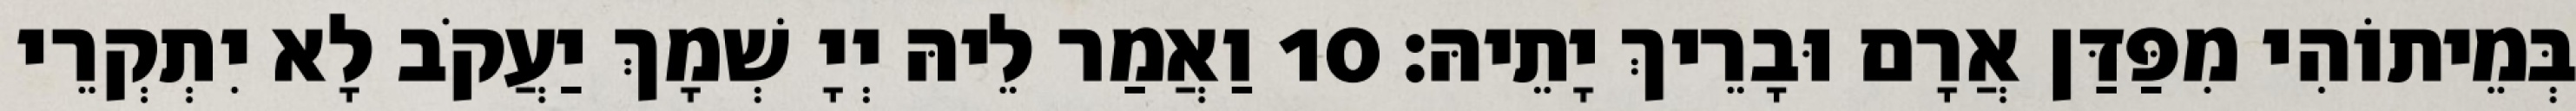
בְּמֵיתוֹהִי מִפַּדַּן אֲרָם וּבָרֵיךְ יָתֵיהּ׃ 10 וַאֲמַר לֵיהּ יְיָ שְׁמָךְ יַעֲקֹב לָא יִתְקְרֵי